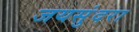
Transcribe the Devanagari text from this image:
जयसुंदरा